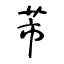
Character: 芾